65_HS1-834228961_62-HQ-83894_Section_4
Agency: FBI
Page 205
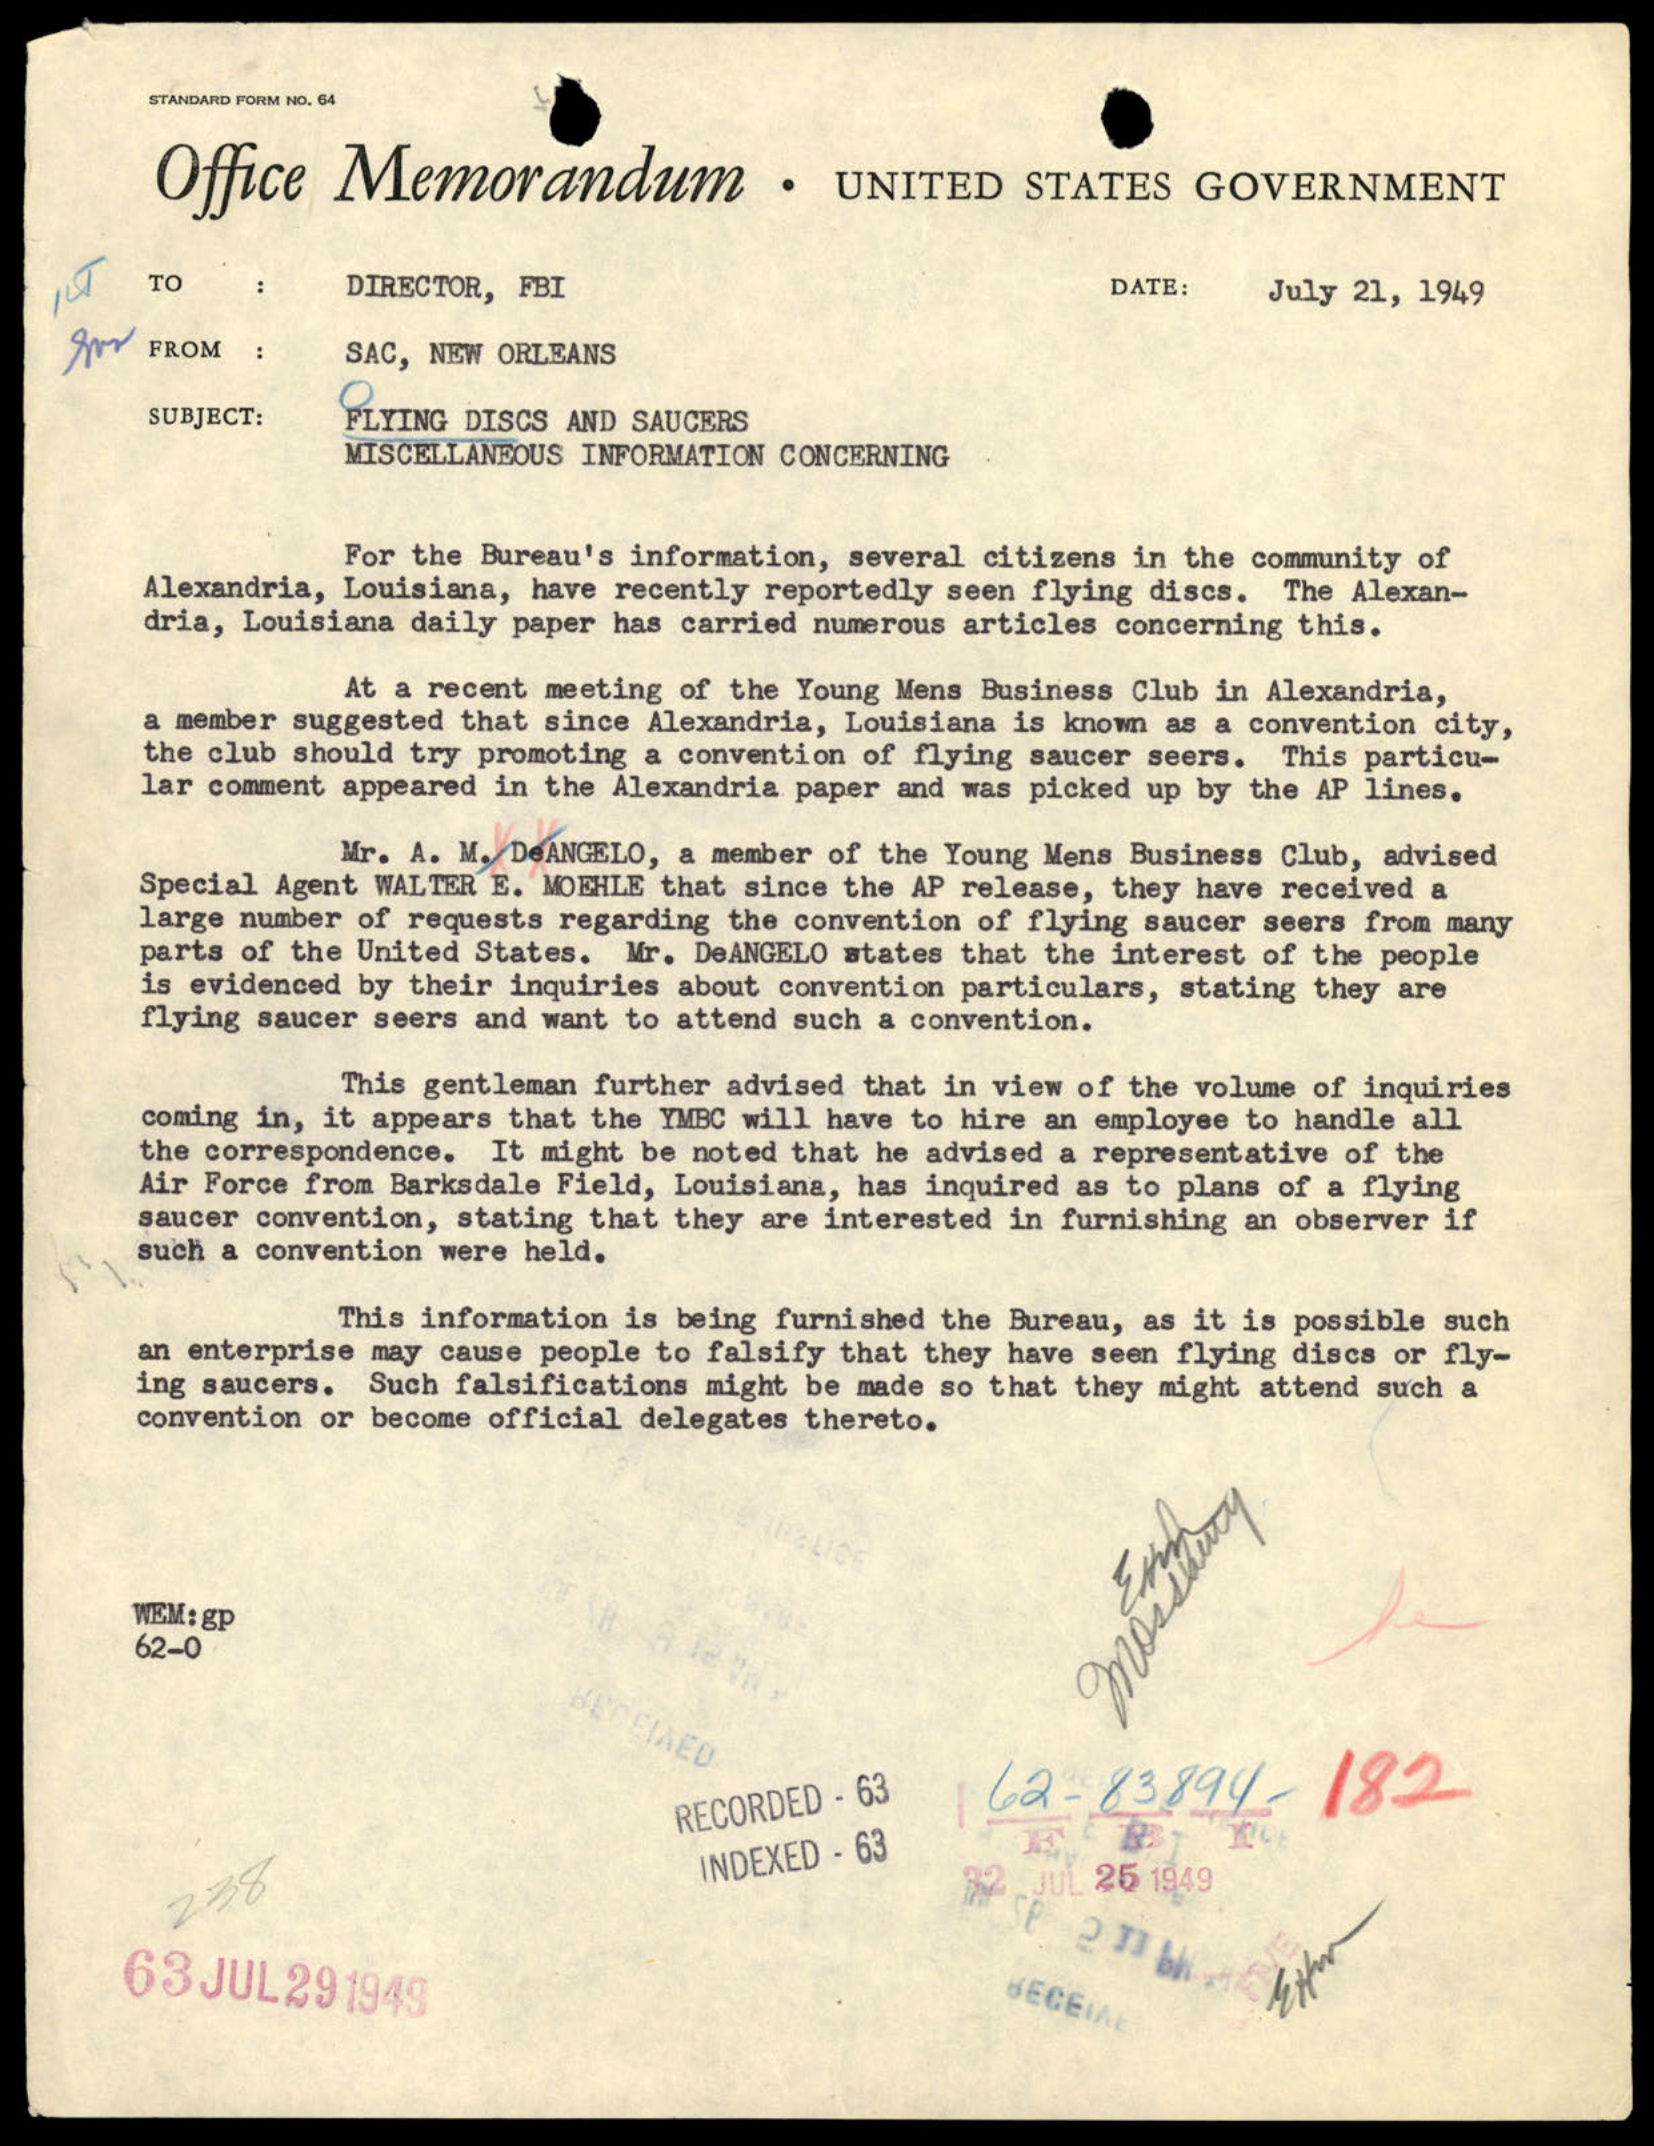